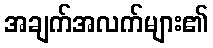
အချက်အလက်များ၏